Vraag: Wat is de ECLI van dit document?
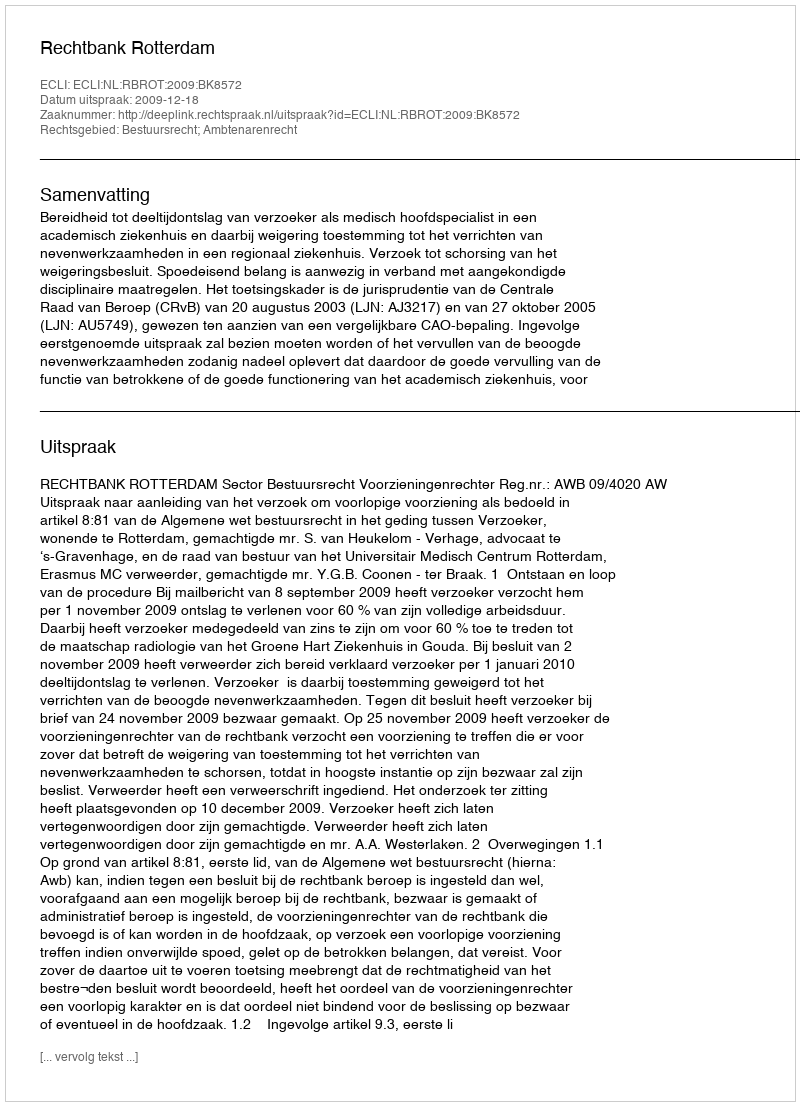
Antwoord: ECLI:NL:RBROT:2009:BK8572